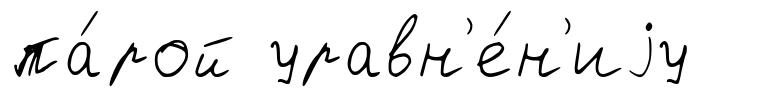
па́рой уравн'е́н'иjу